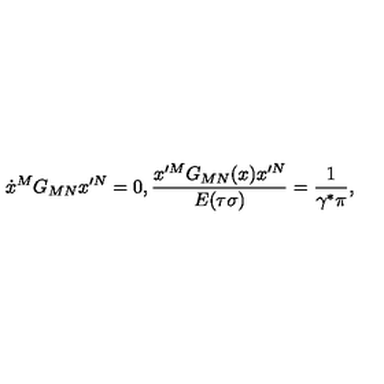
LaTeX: \dot { x } ^ { M } G _ { M N } x ^ { \prime N } = 0 , { \frac { x ^ { \prime M } G _ { M N } ( x ) x ^ { \prime N } } { E ( \tau \sigma ) } } = { \frac { 1 } { \gamma ^ { \ast } \pi } } ,